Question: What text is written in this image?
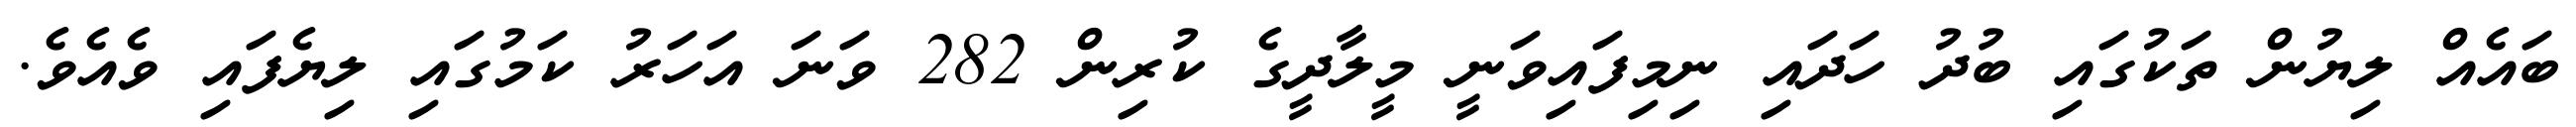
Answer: ބައެއް ލިޔުން ތަކުގައި ބުދު ހަދައި ނިމިފައިވަނީ މީލާދީގެ ކުރިން 282 ވަނަ އަހަރު ކަމުގައި ލިޔެފައި ވެއެވެ.